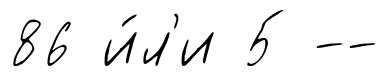
86 и́л'и 5 --